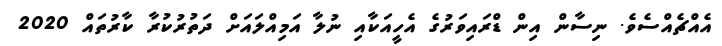
އެއްޗެއްސެވެ. ނިސާން އިން ޑްރައިވަރުގެ އެހީއަކާއި ނުލާ އަމިއްލައަށް ދަތުރުކުރާ ކާރުތައް 2020